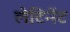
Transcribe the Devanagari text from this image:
लेटिनेंट